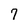
Character: 7